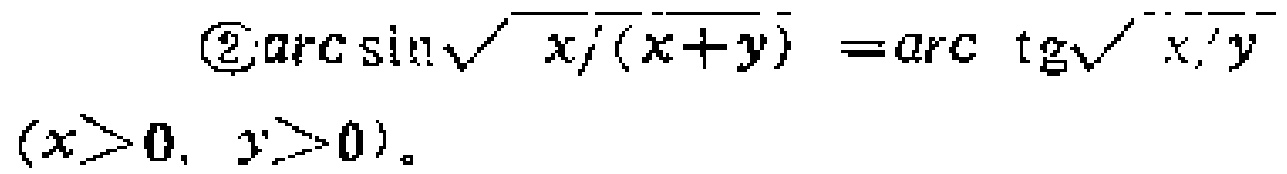
\(\textcircled{2}\arcsin\sqrt{x/(x + y)}=\arctan\sqrt{x/y}\)

\((x>0, y>0)\)